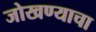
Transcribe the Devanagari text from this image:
जोखण्याचा